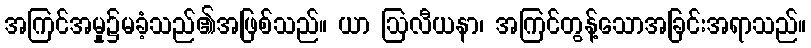
အကြင်အမှု၌မခံ့သည်၏အဖြစ်သည်။ ယာ ဩလီယနာ၊ အကြင်တွန့်သောအခြင်းအရာသည်။